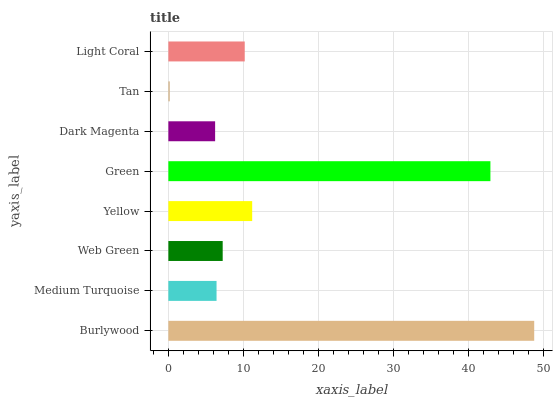
| yaxis_label | bars |
 | --- | --- |
 | Burlywood | 48.8 |
 | Medium Turquoise | 6.43 |
 | Web Green | 7.25 |
 | Yellow | 11.2 |
 | Green | 43 |
 | Dark Magenta | 6.24 |
 | Tan | 0.188 |
 | Light Coral | 10.2 |